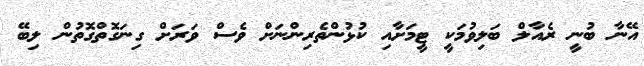
އޭނާ ބުނީ ރެއާލް ބަލިވުމަކީ ޓީމަށާއި ކުޅުންތެރިންނަށް ވެސް ވަރަށް ގިނަގޮތްގޮތުން ލިބޭ